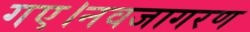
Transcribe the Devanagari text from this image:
गए।नवजागरण